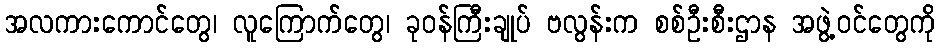
အလကားကောင်တွေ၊ လူကြောက်တွေ၊ ခုဝန်ကြီးချုပ် ဗလွန်းက စစ်ဦးစီးဌာန အဖွဲ့ဝင်တွေကို